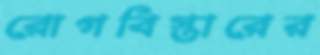
রোগবিস্তারের